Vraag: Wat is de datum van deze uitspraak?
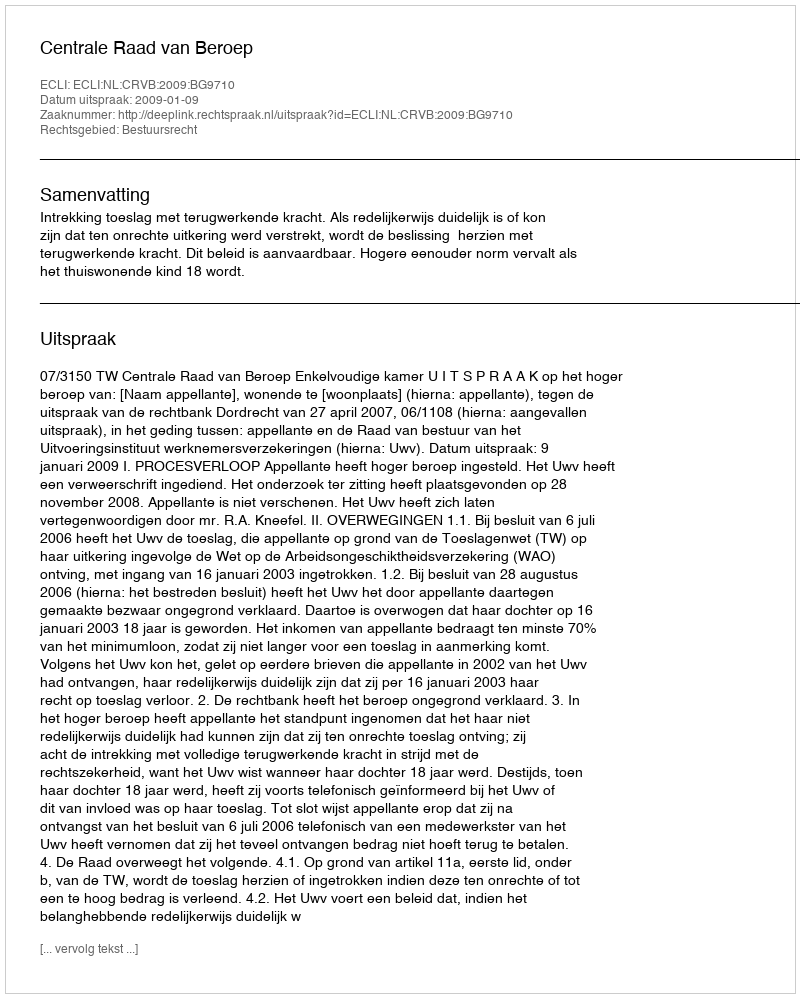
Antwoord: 2009-01-09